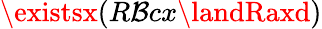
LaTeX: \existsx(R\mathcal{B}cx\landRaxd)